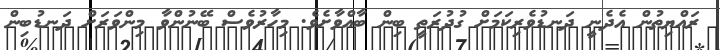
ރައްޔިތުން އެދެނީ ދަނޑުވެރިކަމަށް ގުދުރަތީ ބިން ބާއްވާށެވެ. މިހާރުވެސް ބޭނުންވާ މިންވަރަށް ދަނޑުބިން